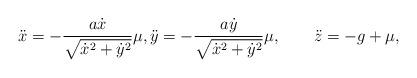
LaTeX: \begin{align*}\ddot{x}=-\dfrac{a\dot{x}}{\sqrt{\dot{x}^2+\dot{y}^2}}\mu,\ddot{y}=-\dfrac{a\dot{y}}{\sqrt{\dot{x}^2+\dot{y}^2}}\mu,\qquad\ddot{z}=-g+\mu,\end{align*}